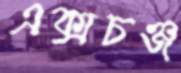
এক্সচঞ্জ